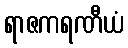
ရာဇကရဏီယံ